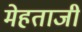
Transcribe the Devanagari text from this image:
मेहताजी